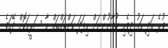
ވުރެ އަދި ހަގު ދިވެހި ޒުވާނުންނަށް މިފަދަ ކަންތައްތައް މާ ސަރީހަކޮށް ދޭހަވެ